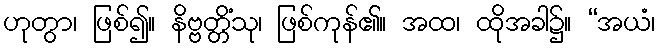
ဟုတွာ၊ ဖြစ်၍။ နိဗ္ဗတ္တိံသု၊ ဖြစ်ကုန်၏။ အထ၊ ထိုအခါ၌။ “အယံ၊